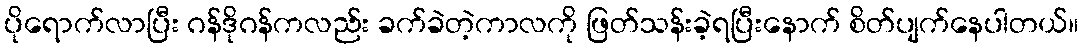
ပိုရောက်လာပြီး ဂန်ဒိုဂန်ကလည်း ခက်ခဲတဲ့ကာလကို ဖြတ်သန်းခဲ့ရပြီးနောက် စိတ်ပျက်နေပါတယ်။